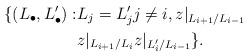
LaTeX: \begin{align*}\{ (L_\bullet, L'_\bullet): & L_j = L'_j j \ne i, z|_{L_{i+1}/L_{i-1}} \\& z|_{L_{i+1}/L_i} z|_{L'_i/L_{i-1}} \}.\end{align*}